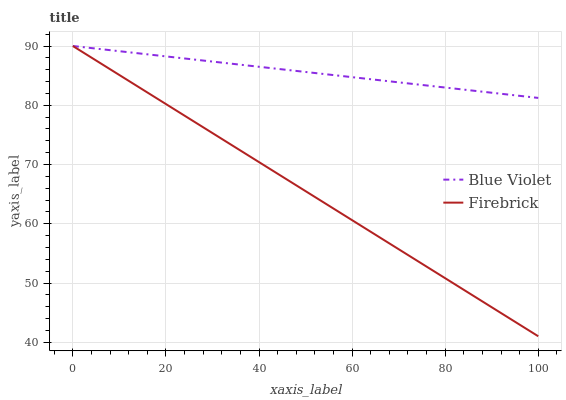
| xaxis_label | Blue Violet | Firebrick |
 | --- | --- | --- |
 | 0 | 90 | 90 |
 | 9.09 | 89.2 | 85.5 |
 | 18.2 | 88.4 | 81.1 |
 | 27.3 | 87.6 | 76.6 |
 | 36.4 | 86.8 | 72.2 |
 | 45.5 | 86 | 67.7 |
 | 54.5 | 85.2 | 63.3 |
 | 63.6 | 84.4 | 58.8 |
 | 72.7 | 83.6 | 54.4 |
 | 81.8 | 82.8 | 49.9 |
 | 90.9 | 82 | 45.5 |
 | 100 | 81.2 | 41 |